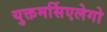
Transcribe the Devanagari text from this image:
युक्तमर्सिएलेगो